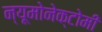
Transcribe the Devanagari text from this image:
न्यूमोनेक्टोमी